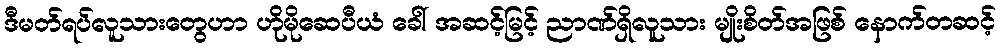
ဒီမတ်ရပ်လူသားတွေဟာ ဟိုမိုဆေပီယံ ခေါ် အဆင့်မြင့် ညာဏ်ရှိလူသား မျိုးစိတ်အဖြစ် နောက်တဆင့်